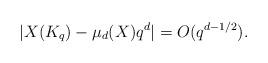
LaTeX: \begin{align*}|X(K_q) - \mu_d(X)q^d| = O(q^{d-1/2}).\end{align*}